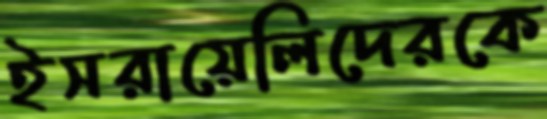
ইসরায়েলিদেরকে